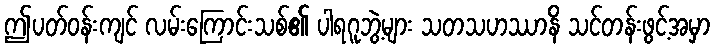
ဤပတ်ဝန်းကျင် လမ်းကြောင်းသစ်၏ ပါရဂူဘွဲ့များ သတသဟဿာနိ သင်တန်းဖွင့်အမှာ